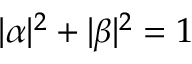
| \alpha | ^ { 2 } + | \beta | ^ { 2 } = 1